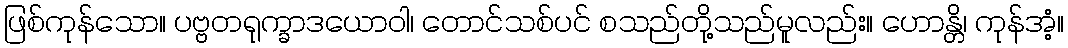
ဖြစ်ကုန်သော။ ပဗ္ဗတရုက္ခာဒယောဝါ၊ တောင်သစ်ပင် စသည်တို့သည်မူလည်း။ ဟောန္တိ၊ ကုန်အံ့။